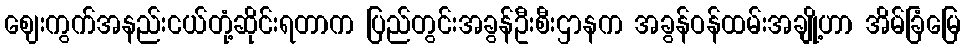
ဈေးကွက်အနည်းငယ်တုံ့ဆိုင်းရတာက ပြည်တွင်းအခွန်ဦးစီးဌာနက အခွန်ဝန်ထမ်းအချို့ဟာ အိမ်ခြံမြေ